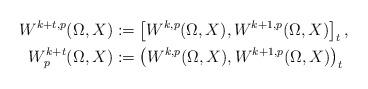
LaTeX: \begin{align*}W^{k+t,p}(\Omega,X)&:=\left[W^{k,p}(\Omega,X),W^{k+1,p}(\Omega,X)\right]_{t},\\W^{k+t}_p(\Omega,X)&:=\left(W^{k,p}(\Omega,X),W^{k+1,p}(\Omega,X)\right)_{t}\end{align*}